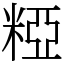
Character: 𥺼